Report of the veterinary officer investigating camel disease
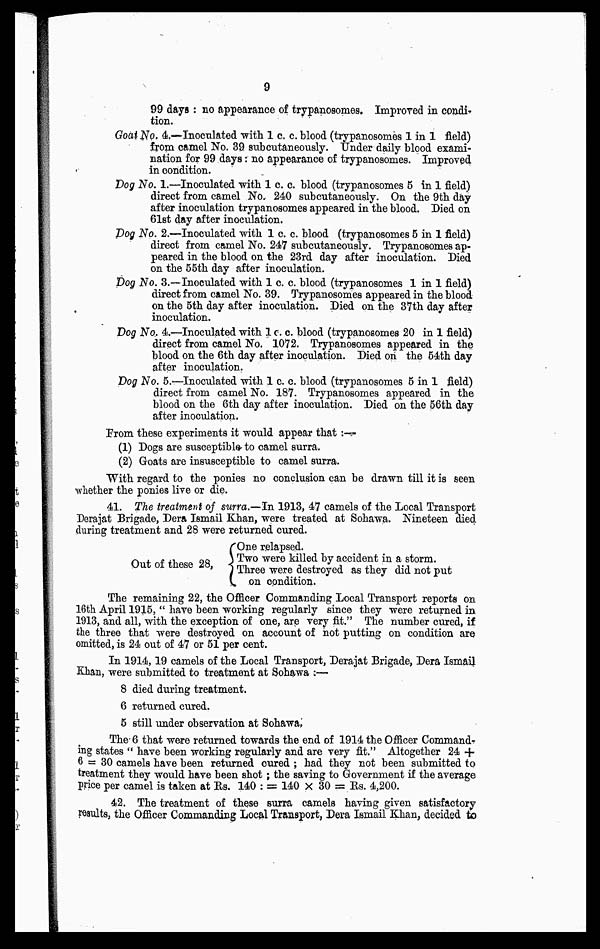
9
99 days : no appearance of trypanosomes. Improred in condi-
tion.
Goat No, 4.—Inoculated with 1 c. c. blood (trypanosomes 1 in 1 field)
from camel No. 39 subcutaneously. Under daily blood exami-
nation for 99 days: no appearance of trypanosomes. Improved
in condition.
Dog No. 1.—Inoculated with 1 c. c. blood (trypanosomes 5 in 1 field)
direct from camel No. 240 subcutaneously. On the 9th day
after inoculation trypanosomes appeared in the blood. Died on
61st day after inoculation.
Dog No. 2.—Inoculated with 1 c. c. blood (trypanosomes 5 in 1 field)
direct from camel No. 247 subcutaneously. Trypanosomes ap-
peared in the blood on the 23rd day after inoculation. Died
on the 55th day after inoculation.
Dog No. 3.—Inoculated with 1 c. c. blood (trypanosomes 1 in 1 field)
direct from camel No. 39. Trypanosomes appeared in the blood
on the 5th day after inoculation. Died on the 37th day after
inoculation.
Dog No. 4.—Inoculated with 1 c. c. blood (trypanosomes 20 in 1 field)
direct from camel No. 1072. Trypanosomes appeared in the
blood on the 6th day after inoculation. Died on the 54th day
after inoculation.
Dog No. 5.-—Inoculated with 1 c. c. blood (trypanosomes 5 in 1 field)
direct from camel No. 187. Trypanosomes appeared in the
blood on the 6th day after inoculation. Died on the 56th day
after inoculation.
From these experiments it would appear that :-
(1) Dogs are susceptible to camel surra.
(2) Goats are insusceptible to camel surra.
With regard to the ponies no conclusion can be drawn till it is seen
whether the ponies live or die.
41. The treatment of surra.—In 1913, 47 camels of the Local Transport
Derajat Brigade, Dera Ismail Khan, were treated at Sohawa. Nineteen died
during treatment and 28 were returned cured.
Out of these 28,
O
ne relapsed.
Two were killed by accident in a storm.
Three were destroyed as they did not put
on condition.
The remaining 22, the Officer Commanding Local Transport reports on
16th April 1915, " have been working regularly since they were returned in
1913, and all, with the exception of one, are very fit." The number cured, if
the three that were destroyed on account of hot putting on condition are
omitted, is 24 out of 47 or 51 per cent.
In 1914,19 camels of the Local Transport, Derajat Brigade, Dera Ismail
Khan, were submitted to treatment at Sohawa :—
8 died during treatment.
6 returned cured.
5 still under observation at Sohawa,
The- 6 that were returned towards the end of 1914 the Officer Command-
ing states " have been working regularly and are very fit." Altogether 24 +
6 = 30 camels have been returned cured ; had they not been submitted to
treatment they would have been shot ; the saving to Government if the average
price per camel is taken at Rs. 140 : = 140 × 30 = Rs. 4,200.
42. The treatment of these surra camels having given satisfactory
results, the Officer Commanding Local Transport, Dera Ismail Khan, decided to